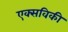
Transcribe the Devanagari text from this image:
एक्सविकी